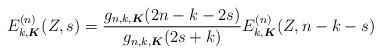
LaTeX: \begin{align*}E_{k,\boldsymbol{K}}^{(n)}(Z,s)=\frac{g_{n,k,\boldsymbol{K}}(2n-k-2s)}{g_{n,k,\boldsymbol{K}}(2s+k)}E_{k,\boldsymbol{K}}^{(n)}(Z,n-k-s)\end{align*}